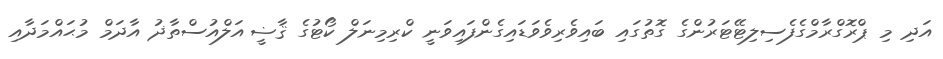
އަދި މި ޕްރޮގްރާމްގެފެސިލިޓޭޓަރުންގެ ގޮތުގައި ބައިވެރިވެވަޑައިގެންފައިވަނީ ކްރިމިނަލް ކޯޓުގެ ޤާޟީ އަލްއުސްތާޛު އާދަމް މުޙައްމަދާއި